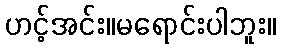
ဟင့်အင်း။မရောင်းပါဘူး။